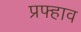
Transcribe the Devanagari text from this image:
प्रफ्हाव